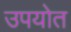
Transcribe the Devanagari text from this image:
उपयोत